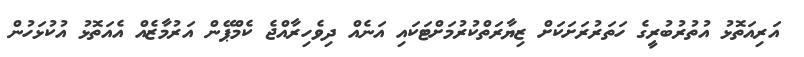
އަރިއަތޮޅު އުތުރުބުރީގެ ހަތަރުރަށަކަށް ޒިޔާރަތްކުރުމަށްޓަކައި އަނެއް ދިވެހިރާއްޖެ ކެމްޕޭން އަރުމާޒެއް އެއަތޮޅު އުކުޅަހުން